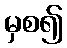
မှစ၍